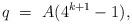
LaTeX: \begin{align*}q \ = \ A(4^{k+1} - 1),\end{align*}